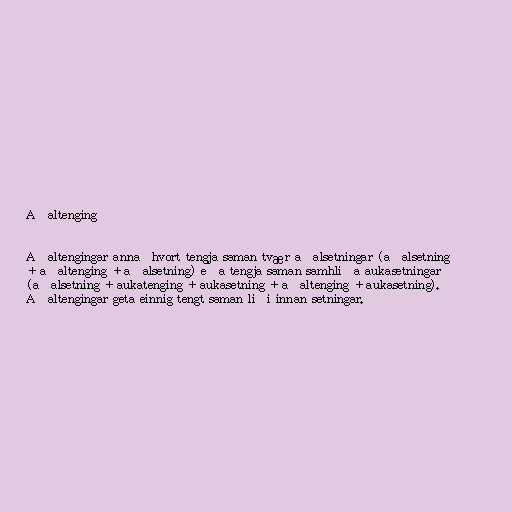
Aðaltenging

Aðaltengingar annaðhvort tengja saman tvær aðalsetningar (aðalsetning
+ aðaltenging + aðalsetning) eða tengja saman samhliða aukasetningar
(aðalsetning + aukatenging + aukasetning + aðaltenging + aukasetning).
Aðaltengingar geta einnig tengt saman liði innan setningar.